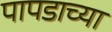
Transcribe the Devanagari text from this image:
पापडाच्या